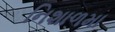
નિશાળમા